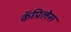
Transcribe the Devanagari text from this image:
कॅप्रिलेस